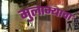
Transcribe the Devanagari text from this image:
मुलाम्याचा